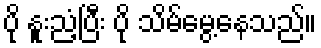
ပို နူးညံ့ပြီး ပို သိမ်မွေ့နေသည်။